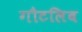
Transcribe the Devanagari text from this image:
गौटलिब